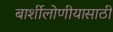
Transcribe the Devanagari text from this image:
बार्शीलोणीयासाठी